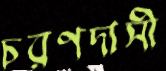
চরণদাসী